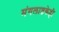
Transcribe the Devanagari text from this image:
मंगलाष्टकेही